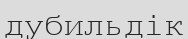
дубильдік